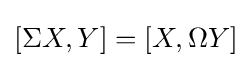
[\Sigma X,Y]=[X,\Omega Y]